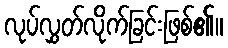
လုပ်လွှတ်လိုက်ခြင်းဖြစ်၏။